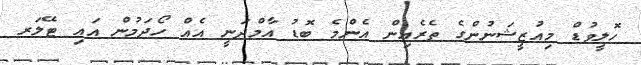
ހޮލީވުޑް މިއުޒީޝަނުންގެ ތެރެއިން އެންމެ ބޮޑު އާމްދަނީ އެއް ހޯދަމުން އައި ޓޭލަރ